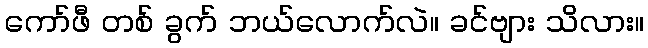
ကော်ဖီ တစ် ခွက် ဘယ်လောက်လဲ။ ခင်ဗျား သိလား။